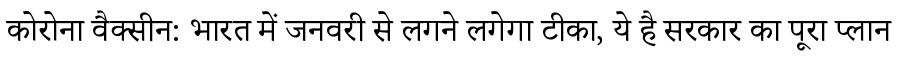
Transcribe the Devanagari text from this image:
कोरोना वैक्सीन: भारत में जनवरी से लगने लगेगा टीका, ये है सरकार का पूरा प्लान